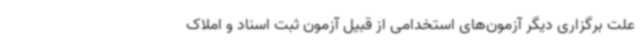
علت برگزاری دیگر آزمون‌های استخدامی از قبیل آزمون ثبت ‌اسناد و املاک